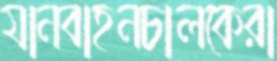
যানবাহনচালকেরা